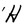
Character: H